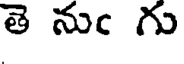
తె నుఁ గు